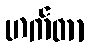
ဟက်တာ